65_HS1-834228961_62-HQ-83894_Section_5
Agency: FBI
Page 172
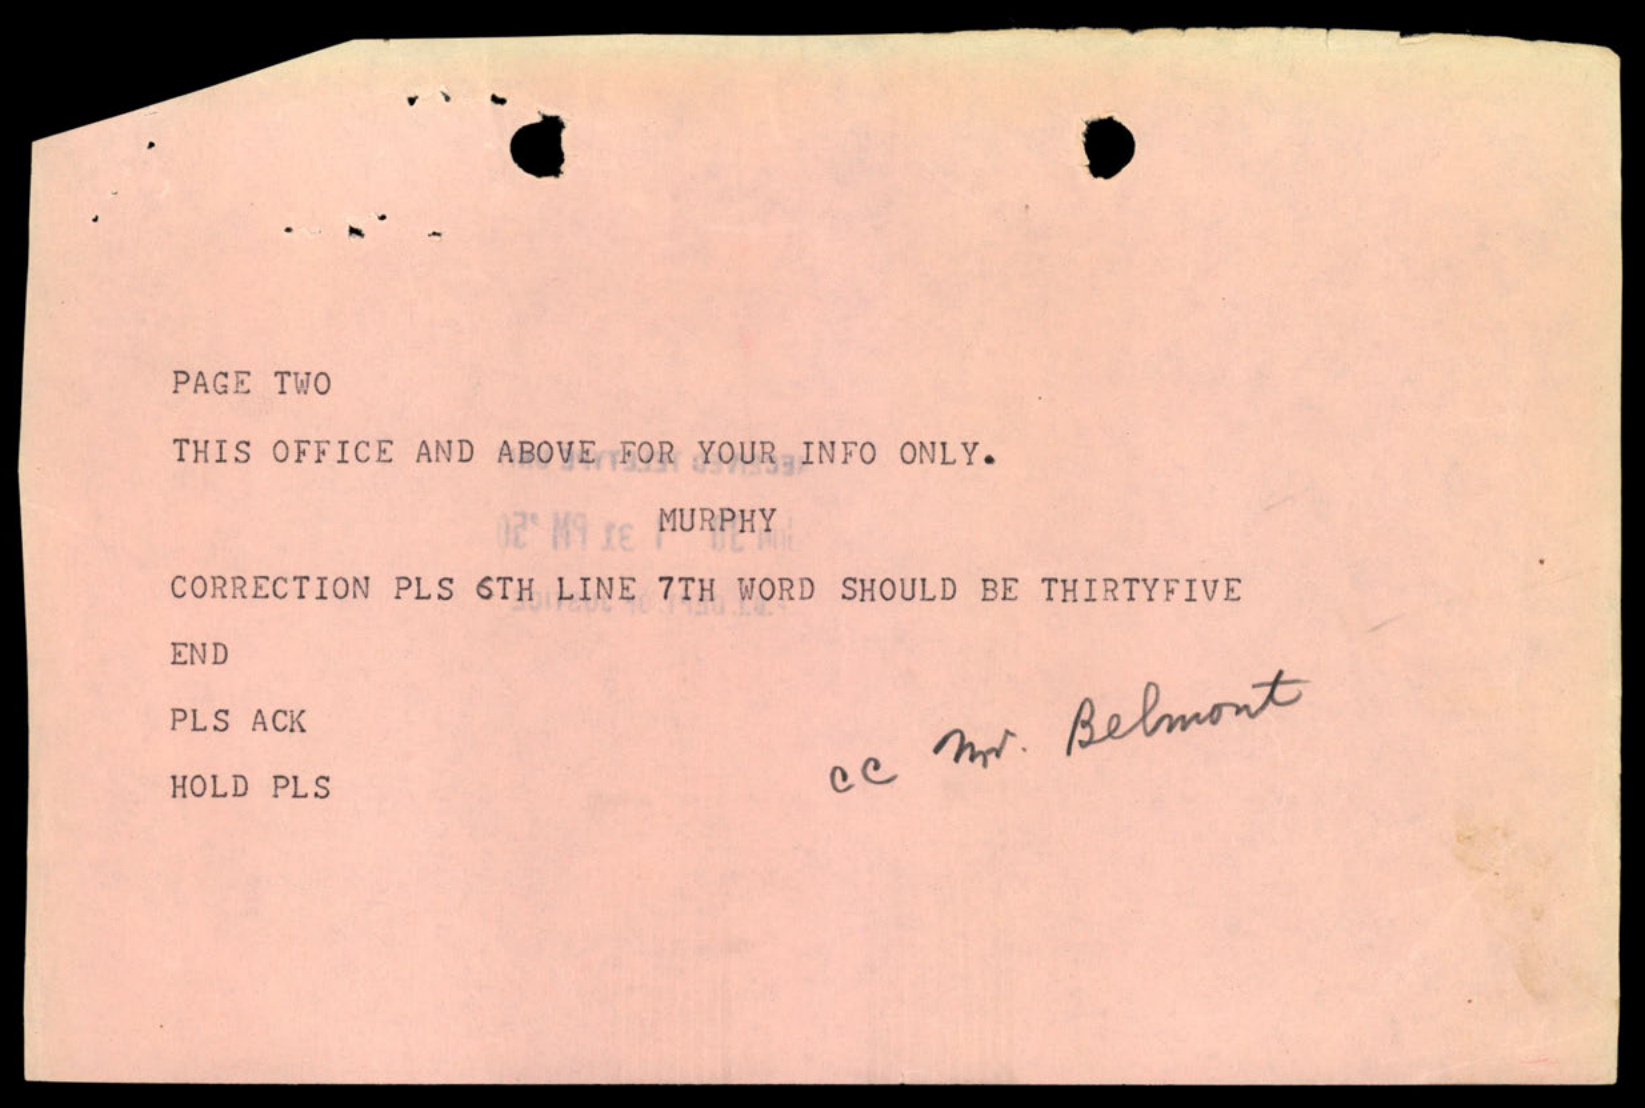